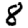
Digit: 8